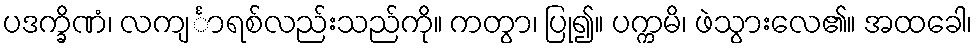
ပဒက္ခိဏံ၊ လကျင်္ာရစ်လည်းသည်ကို။ ကတွာ၊ ပြု၍။ ပက္ကမိ၊ ဖဲသွားလေ၏။ အထခေါ၊